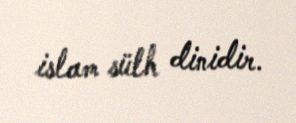
islam sülh dinidir.